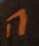
ה